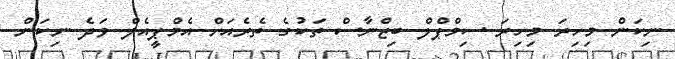
ނިކަން މިހިރަ މިހިރަ ސިމްޕްލް ބިޒްނާސް ތަކުގެ ތެރެއަށް އެމްޕީއެލް ވަދެ ނިކަން